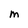
Character: M